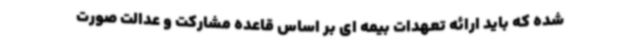
شده که باید ارائه تعهدات بیمه ای بر اساس قاعده مشارکت و عدالت صورت